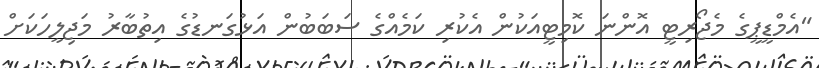
"އެމްޑީޕީގެ މެޖޯރިޓީ އޮންނަ ކޮމިޓީއަކުން އެކުރި ކަމެއްގެ ސަބަބުން އަޅުގަނޑުގެ އިތުބާރު މަޖިލީހަކަށް